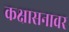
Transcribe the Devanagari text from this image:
कक्षासनावर